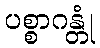
ပစ္စာဂန္တုံ